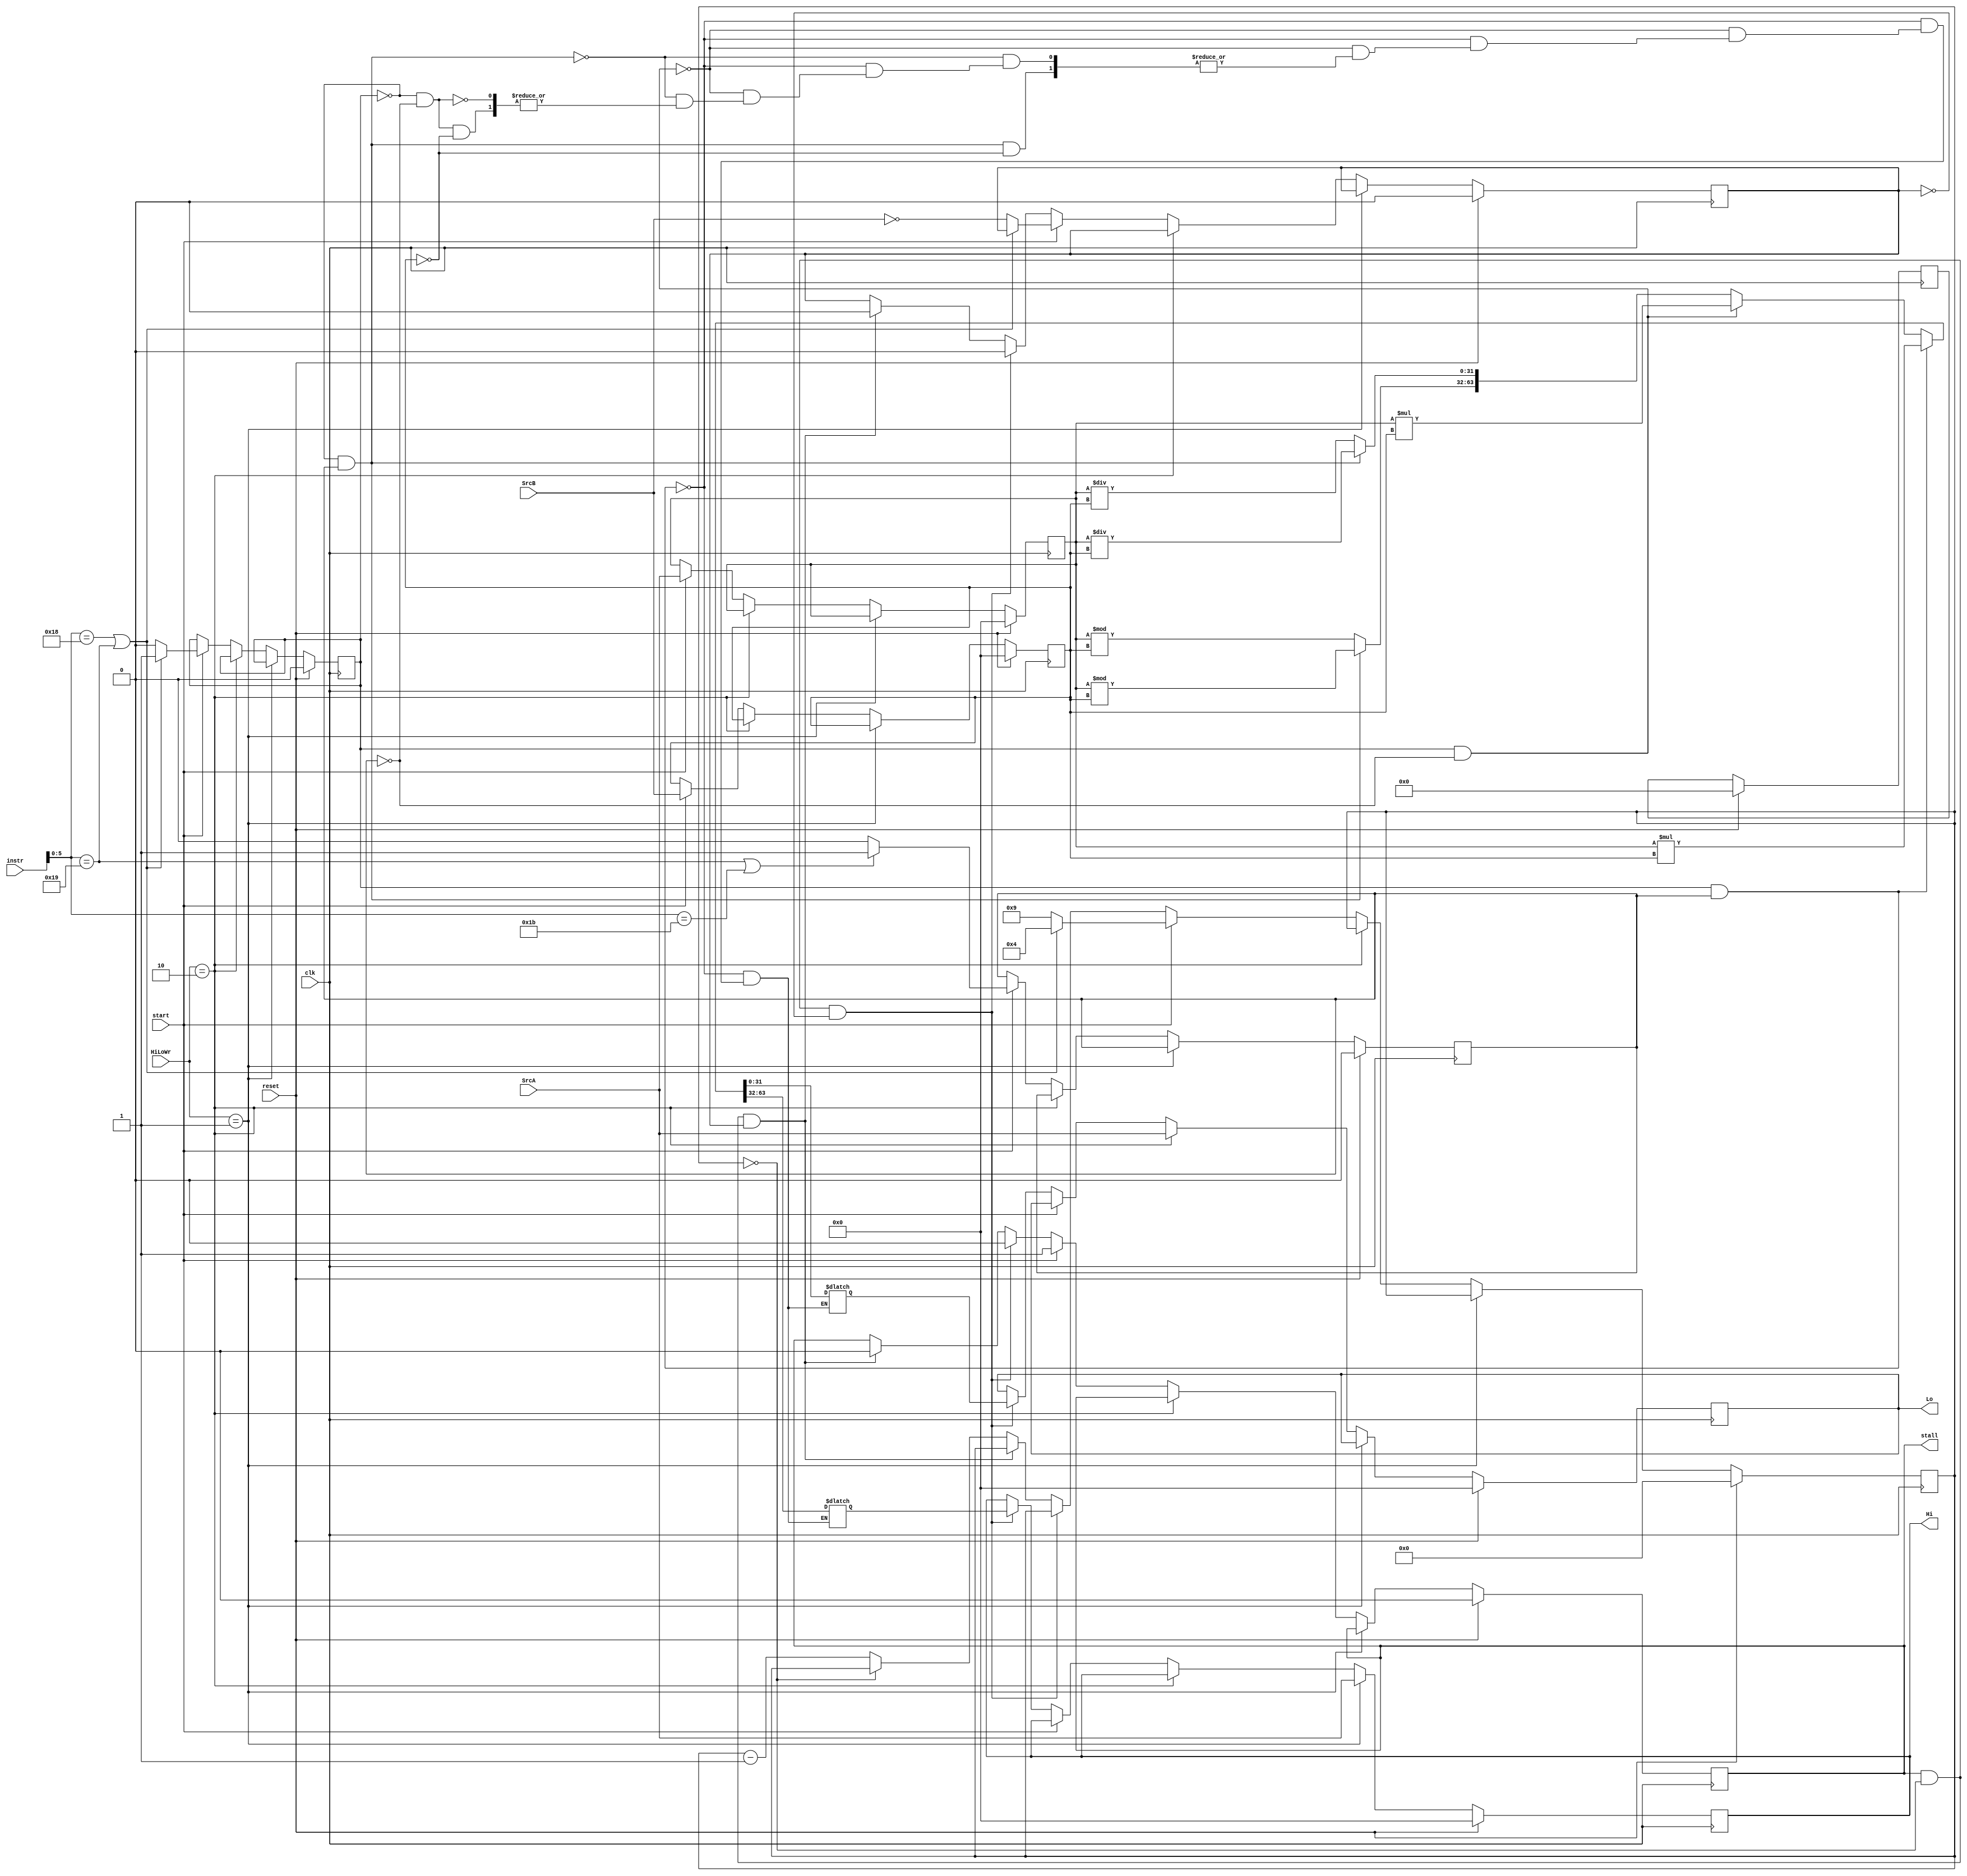
module MD(
    input clk,
    input reset,
	 input [31:0] instr,
    input [31:0] SrcA,
    input [31:0] SrcB,
    input start,
    input [1:0] HiLoWr,
    output reg stall,
    output reg [31:0] Hi,
    output reg [31:0] Lo
    );
	 reg [31:0] SrcAM;
	 reg [31:0] SrcBM;
	 reg [3:0] cnt;
	 reg unsign;
	 reg div0;
	 reg type;
	 
	 reg [63:0] buff;
	 always @(*)begin
		if(type&&unsign)begin
			buff = SrcAM * SrcBM;
		end
		else if(type&&~unsign)begin
			buff = ($signed(SrcAM))*($signed(SrcBM));
		end
		else if(~type&&unsign)begin
			buff[63:32] = (SrcBM==0) ? buff[63:32] : SrcAM % SrcBM;
			buff[31:0]  = (SrcBM==0) ? buff[31:0] : SrcAM / SrcBM;
		end
		else if(~type&&~unsign)begin
			buff[63:32] = (SrcBM==0) ? buff[63:32] : $signed($signed(SrcAM) % $signed(SrcBM));
			buff[31:0]  = (SrcBM==0) ? buff[31:0] : $signed($signed(SrcAM) / $signed(SrcBM));
		end
	 end
	 
	 initial begin
		Hi <= 0;
		Lo <= 0;
		SrcAM <= 0;
		SrcBM <= 0;
		type <= 0;
		unsign <= 0;
		div0  <= 0;
		cnt <= 0;
		stall <= 0;
		buff  <= 0;
	 end
	 always @(posedge clk)begin
		if(reset)begin
			Hi <= 0;
			Lo <= 0;
			SrcAM <= 0;
			SrcBM <= 0;
			type <= 0;
			unsign <= 0;
			div0  <= 0;
			cnt <= 0;
			stall <= 0;
			buff  <= 0;
		end
		else if(HiLoWr==2'b01) Hi <= SrcA;
		else if(HiLoWr==2'b10) Lo <= SrcA;
		else if(start)begin
			SrcAM <= SrcA;
			SrcBM <= SrcB;
			stall <= 1;
			if(instr[5:0]==6'b011000||instr[5:0]==6'b011001)begin
				cnt <= 4;
				type <= 1;
			end
			else begin
				div0 = (SrcB==0);
				cnt <= 9;
				type <= 0;
			end
			if(instr[5:0]==6'b011001||instr[5:0]==6'b0011011)
				unsign <= 1;
			else
				unsign <= 0;
		end
		else if(stall&&cnt==0&&(~div0))begin
			Hi <= buff[63:32];
			Lo <= buff[31:0];
			div0 <= 0;
			stall <= 0;
		end
		else if(stall&&cnt==0&&(div0))begin
			div0 <= 0;
			stall <= 0;
		end
		else cnt <= (cnt==0)? cnt : cnt - 1;
	end
endmodule